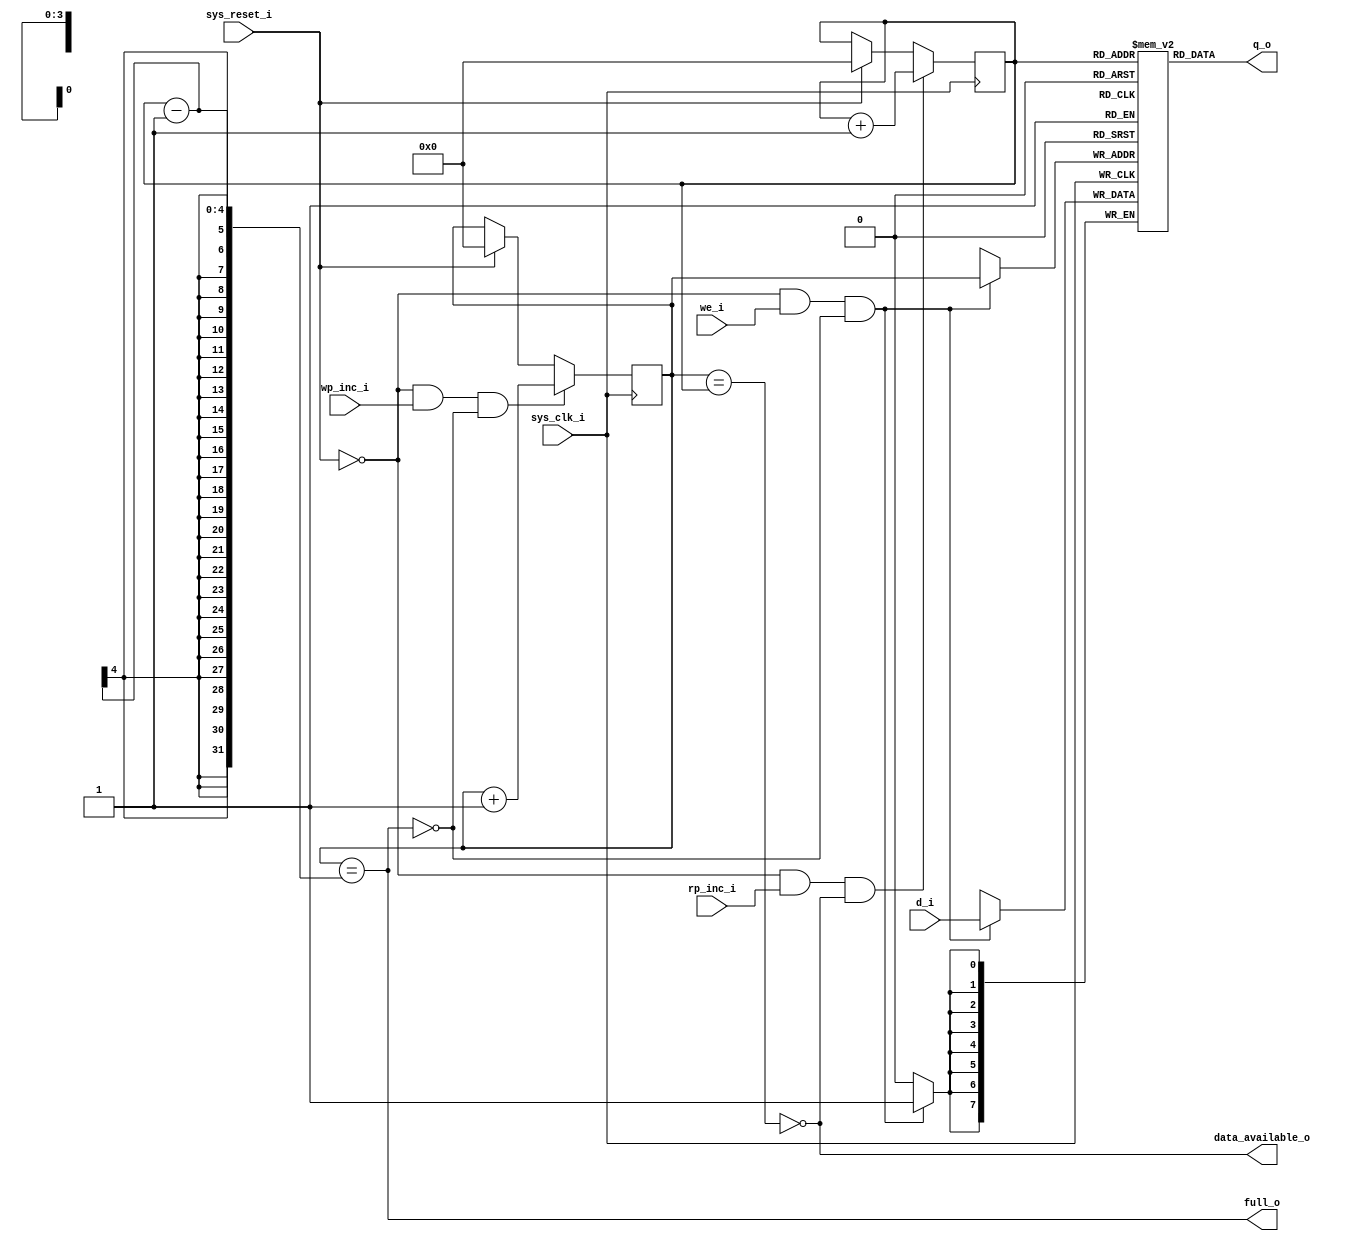
`timescale 1ns / 1ps
//////////////////////////////////////////////////////////////////////////////////
// Company: 
// 
// Design Name: 		UXA 1A
// Module Name:		M_uxa_ps2_fifo 
// Project Name:		Kestrel-2
// Target Devices:	Nexys2
// Tool versions: 
// Description: 
//		To ameliorate the need for interrupts, an input queue sixteen
// 	bytes deep is used to buffer PS/2 data received since the main
// 	CPU last polled the adapter for data.  With such low transfer
//		rates as the PS/2 link uses, this should allow the CPU up to
//		6.5ms of time to do other stuff while the PS/2 port accumulates
// 	data.  To a CPU running at 10MHz, that's a rather long time.
//
// Dependencies: 
//
// Revision: 
// Revision 0.01 - File Created
// Additional Comments: 
//
//////////////////////////////////////////////////////////////////////////////////
module M_uxa_ps2_fifo(
	input [7:0] d_i,
	input we_i,
	input wp_inc_i,
	output [7:0] q_o,
	input rp_inc_i,
	output full_o,
	output data_available_o,
	input sys_clk_i,
	input sys_reset_i
);

	// The FIFO used in the UXA contains 16 bytes.
	reg [7:0] fifo[15:0];
	
	// When the user reads a value from the adapter, the read-pointer
	// determines which of the 16 bytes are read from.
	reg [3:0] rp; /* synthesis keep */
	
	// When the deserializer has data to deliver to the FIFO, it is
	// placed into the location pointed to by wp.
	reg [3:0] wp; /* synthesis keep */

	// The queue is full when no more bytes can be written into
	// the buffer without overwriting an unread byte.  This happens
	// when the write pointer is one less than the read pointer,
	// modulo 16 of course.
	assign full_o = (wp == (rp-1));

	// The queue is empty when the read and write pointers become
	// equal to each other, such as is what happens at reset time.
	// Consequently, we know that at least one byte of data exists
	// in the queue provided the read and write pointers do not
	// match.
	assign data_available_o = ~(wp == rp);
	
	// The data output ports of the FIFO always reflect the data
	// referred to by the read pointer.  An upstream device may
	// thus query the head of the queue without actually popping
	// it.
	assign q_o = fifo[rp];

	always @(posedge sys_clk_i) begin
		// When the system is reset, we reset the pointers to zero
		// so that everything has a nice, well-known value for sim-
		// ulation purposes.  Pragmatically, though, it's sufficient
		// to just set them equal to each other.
		if (sys_reset_i) begin
			rp <= 0;
			wp <= 0;
		end
		
		// When writing data into the FIFO, the driving module
		// must assert the data on the d_i ports, then assert
		// we_i by the next rising edge of sys_clk_i.
		//
		//            __       _____        _____
		// sys_clk_i    \_____/     \______/     \___
		//       _____ ________________ _____________
		// d_i 	_____X________________X_____________
		//                  _____________
		// we_i  __________/             \___________
		//
		// Note that this operation can fail; if the queue is
		// full at the time the data is written, nothing will
		// be stored.
		if (~sys_reset_i & we_i & ~full_o) begin
			fifo[wp] <= d_i;
		end

		// After writing a byte to the FIFO, the driver must in-
		// crement the write pointer explicitly.
		//            __       _____        _____
		// sys_clk_i    \_____/     \______/     \___
		//       _____ ________________ _____________
		// d_i 	_____X________________X_____________
		//                  _____________
		// we_i  __________/             \___________
		//                                ________
		// inc_wp_i  ____________________/        \__
		//
		// Note that this operation may fail, too.  In the event
		// that the queue is full, it will not increment.
		if (~sys_reset_i & wp_inc_i & ~full_o) begin
			wp <= wp+1;
		end
		
		// After reading the q_o ports, an upstream device may 
		// pop the queue by incrementing the read pointer.  This
		// operation may potentially fail -- if the queue is
		// already empty, popping the queue does nothing.
		if (~sys_reset_i & rp_inc_i & data_available_o) begin
			rp <= rp+1;
		end
	end
endmodule